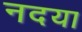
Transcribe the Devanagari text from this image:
नदया